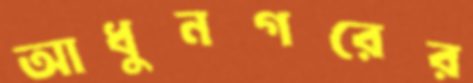
আধুনগরের